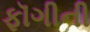
ફૉગીની